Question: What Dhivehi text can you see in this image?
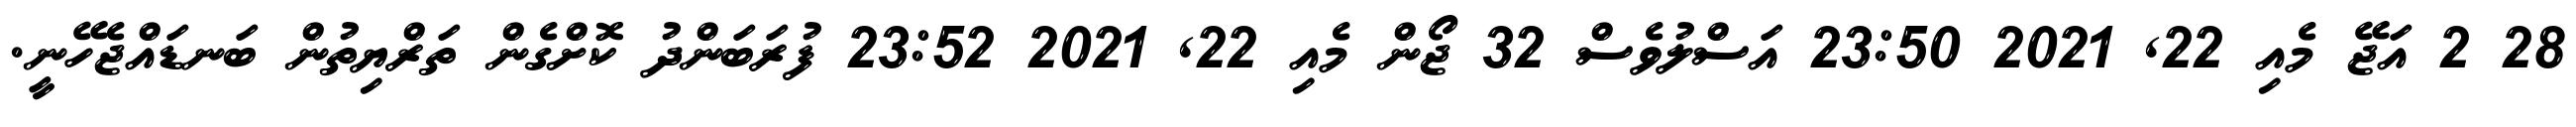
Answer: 28 2 އަޖޭ މެއި 22, 2021 23:50 އަސްލުވެސް 32 ޖޯން މެއި 22, 2021 23:52 ފުރަބަންދު ކޮށްގެން ތަރްޔިތުން ބަނޑައްޖެހޭނީ.